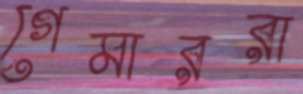
গেমাররা